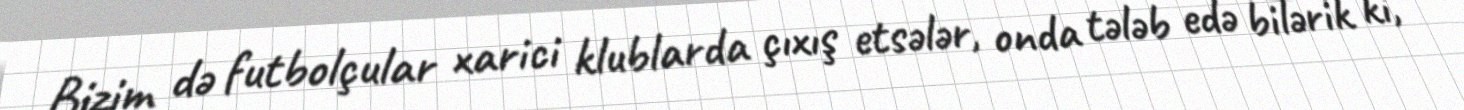
Bizim də futbolçular xarici klublarda çıxış etsələr, onda tələb edə bilərik ki,